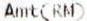
AMT(RM)